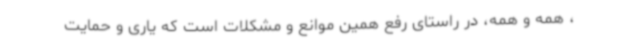
، همه و همه، در راستای رفع همین موانع و مشکلات است که یاری و حمایت